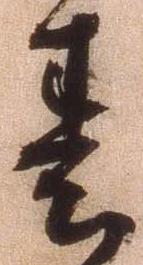
春